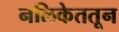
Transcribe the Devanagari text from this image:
नलिकेततून